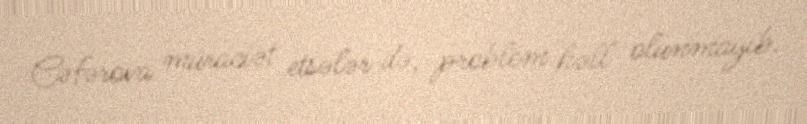
Cəfərova müraciət etsələr də, problem həll olunmayıb.